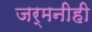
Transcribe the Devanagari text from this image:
जर्मनीही